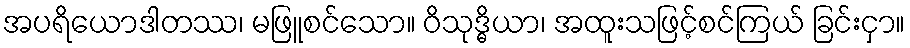
အပရိယောဒါတဿ၊ မဖြူစင်သော။ ဝိသုဒ္ဓိယာ၊ အထူးသဖြင့်စင်ကြယ် ခြင်းငှာ။